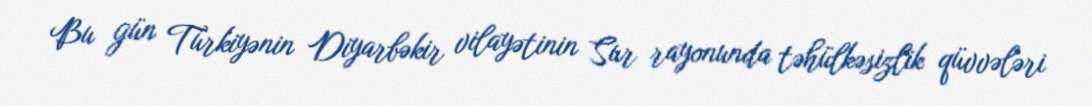
Bu gün Türkiyənin Diyarbəkir vilayətinin Sur rayonunda təhülkəsizlik qüvvələri